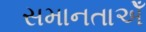
સમાનતાએઁ